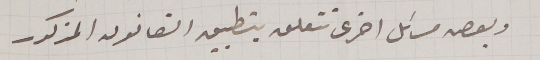
وبعص مسائل اخرى تتعلق بتطبيق القانون المذكور